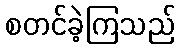
စတင်ခဲ့ကြသည်